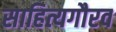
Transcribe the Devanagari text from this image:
साहित्यगौरव